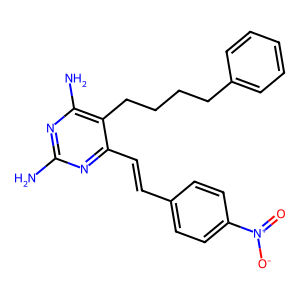
SMILES: Nc1nc(N)c(CCCCc2ccccc2)c(C=Cc2ccc([N+](=O)[O-])cc2)n1
Inhibits HIV replication: No